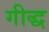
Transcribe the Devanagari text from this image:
गीद्ध